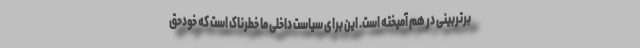
برتربینی در هم آمیخته است. این برای سیاست داخلی ما خطرناک است که خودحق